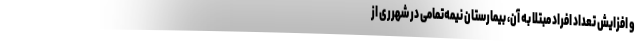
و افزایش تعداد افراد مبتلا به آن، بیمارستان نیمه‌تمامی در شهرری از